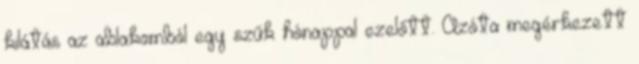
kilátás az ablakomból egy szűk hónappal ezelőtt. Azóta megérkezett